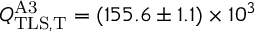
Q _ { \mathrm { T L S , T } } ^ { \mathrm { A 3 } } = ( 1 5 5 . 6 \pm 1 . 1 ) \times 1 0 ^ { 3 }